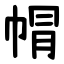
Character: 㡌